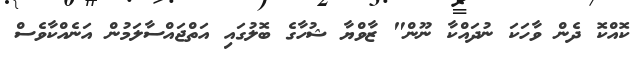
ކޮއްކޮ ދެން ވާހަކަ ނުދައްކާ ނޫން" ޒާވްޔާ ޝުހާގެ ބޮލުގައި އަތްޖައްސާލަމުން އަނެއްކާވެސް